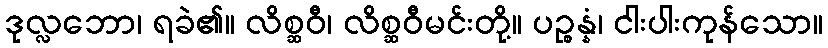
ဒုလ္လဘော၊ ရခဲ၏။ လိစ္ဆဝီ၊ လိစ္ဆဝီမင်းတို့။ ပဉ္စန္နံ၊ ငါးပါးကုန်သော။